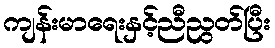
ကျန်းမာရေးနှင့်ညီညွတ်ပြီး